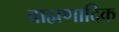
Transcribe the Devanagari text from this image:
ब्राह्मणादिक